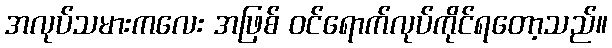
အလုပ်သမားကလေး အဖြစ် ဝင်ရောက်လုပ်ကိုင်ရတော့သည်။